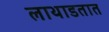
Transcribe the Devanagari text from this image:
लाथाडतात